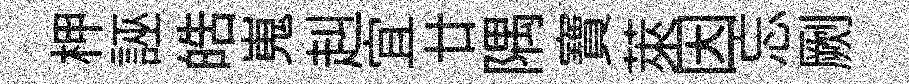
柙誣皓嵬赳宜廿隅寶萊因忘劂